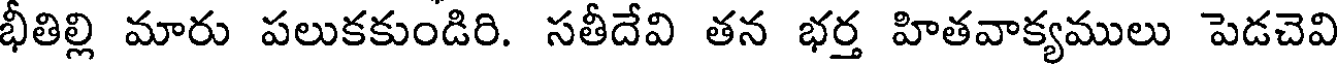
భీతిల్లి మారు పలుకకుండిరి. సతీదేవి తన భర్త హితవాక్యములు పెడచెవి